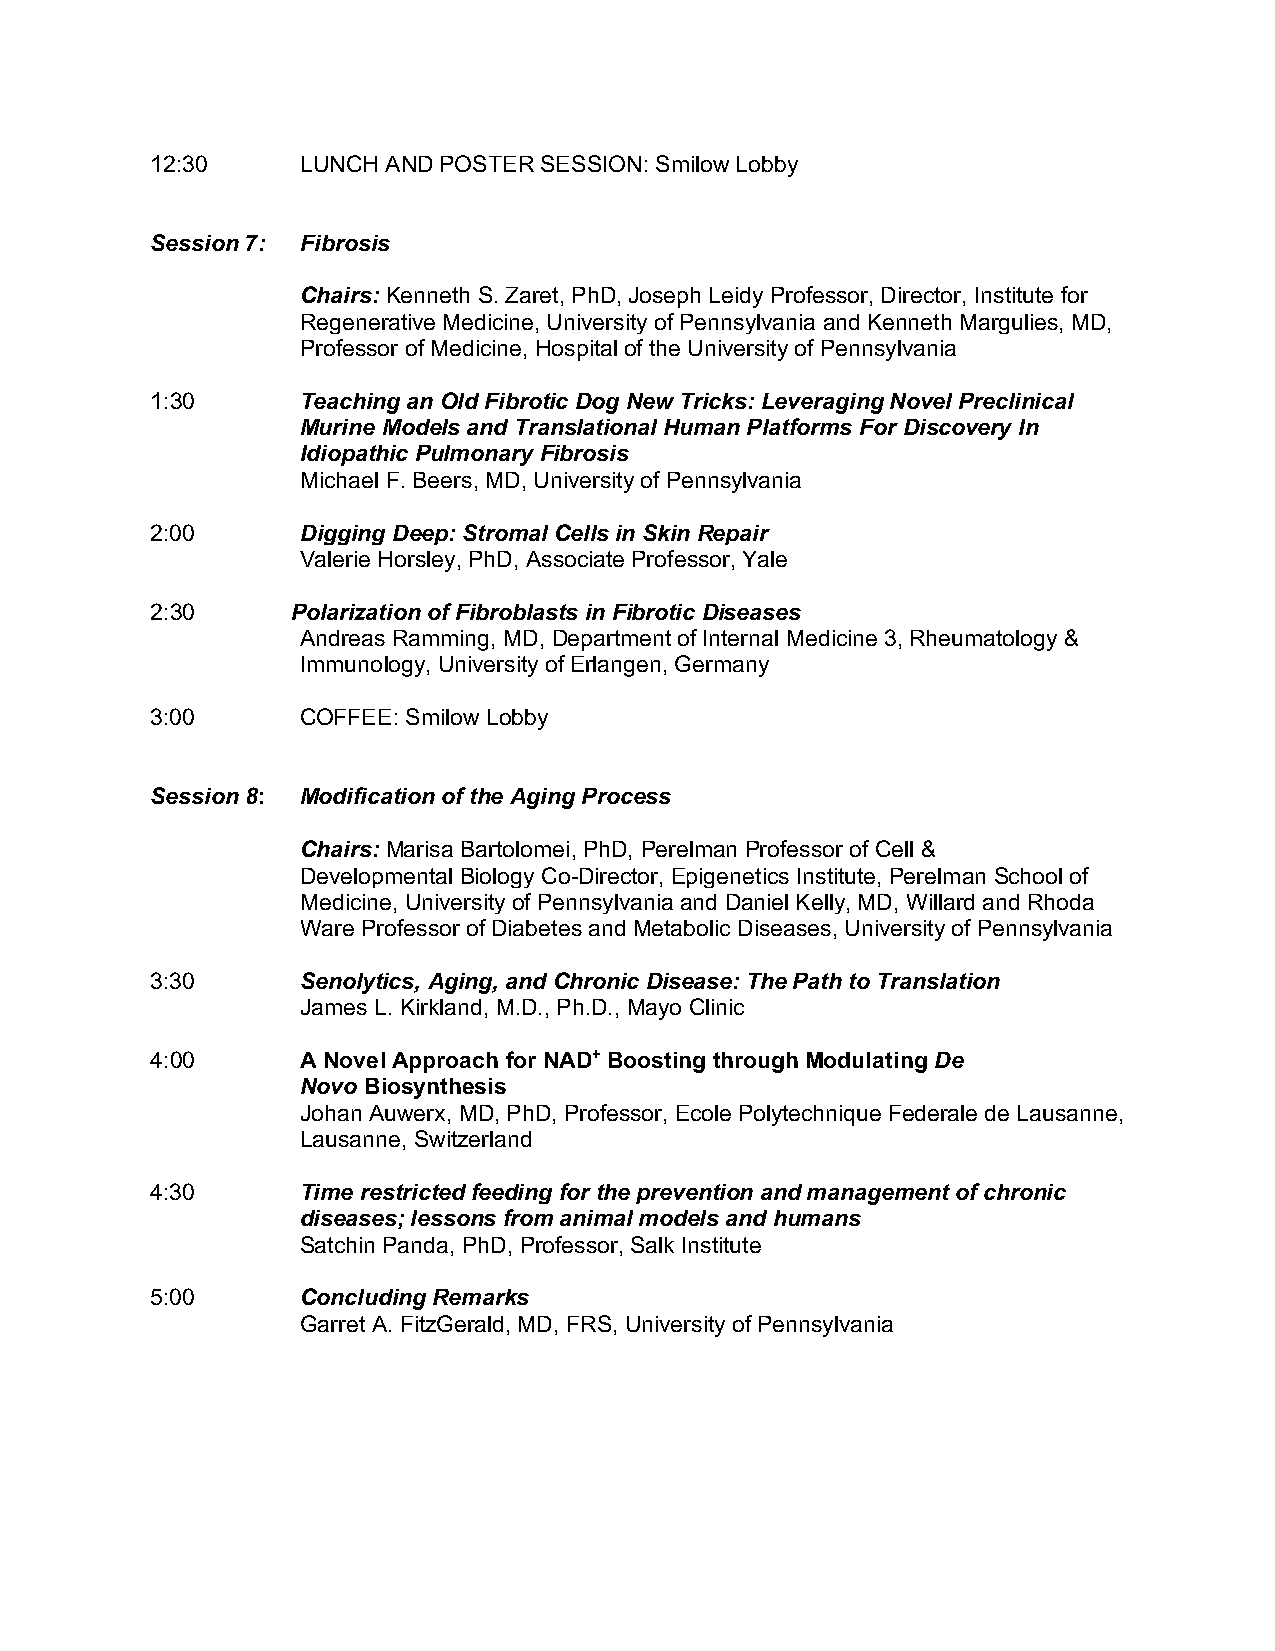
12:30     LUNCH AND POSTER SESSION: Smilow Lobby
 Session 7: Fibrosis
 Chairs: Kenneth S. Zaret, PhD, Joseph Leidy Professor, Director, Institute for
 Regenerative Medicine, University of Pennsylvania and Kenneth Margulies, MD,
 Professor of Medicine, Hospital of the University of Pennsylvania
 1:30      Teaching an Old Fibrotic Dog New Tricks: Leveraging Novel Preclinical
 Murine Models and Translational Human Platforms For Discovery In
 Idiopathic Pulmonary Fibrosis
 Michael F. Beers, MD, University of Pennsylvania
 2:00      Digging Deep: Stromal Cells in Skin Repair
 Valerie Horsley, PhD, Associate Professor, Yale
 2:30     Polarization of Fibroblasts in Fibrotic Diseases
 Andreas Ramming, MD, Department of Internal Medicine 3, Rheumatology &
 Immunology, University of Erlangen, Germany
 3:00      COFFEE: Smilow Lobby
 Session 8: Modification of the Aging Process
 Chairs: Marisa Bartolomei, PhD, Perelman Professor of Cell &
 Developmental Biology Co-Director, Epigenetics Institute, Perelman School of
 Medicine, University of Pennsylvania and Daniel Kelly, MD, Willard and Rhoda
 Ware Professor of Diabetes and Metabolic Diseases, University of Pennsylvania
 3:30      Senolytics, Aging, and Chronic Disease: The Path to Translation
 James L. Kirkland, M.D., Ph.D., Mayo Clinic
 4:00      A Novel Approach for NAD+ Boosting through Modulating De
 Novo Biosynthesis
 Johan Auwerx, MD, PhD, Professor, Ecole Polytechnique Federale de Lausanne,
 Lausanne, Switzerland
 4:30      Time restricted feeding for the prevention and management of chronic
 diseases; lessons from animal models and humans
 Satchin Panda, PhD, Professor, Salk Institute
 5:00      Concluding Remarks
 Garret A. FitzGerald, MD, FRS, University of Pennsylvania